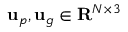
{ \bf u } _ { p } , { \bf u } _ { g } \in { \bf R } ^ { N \times 3 }